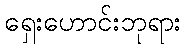
ရှေးဟောင်းဘုရား